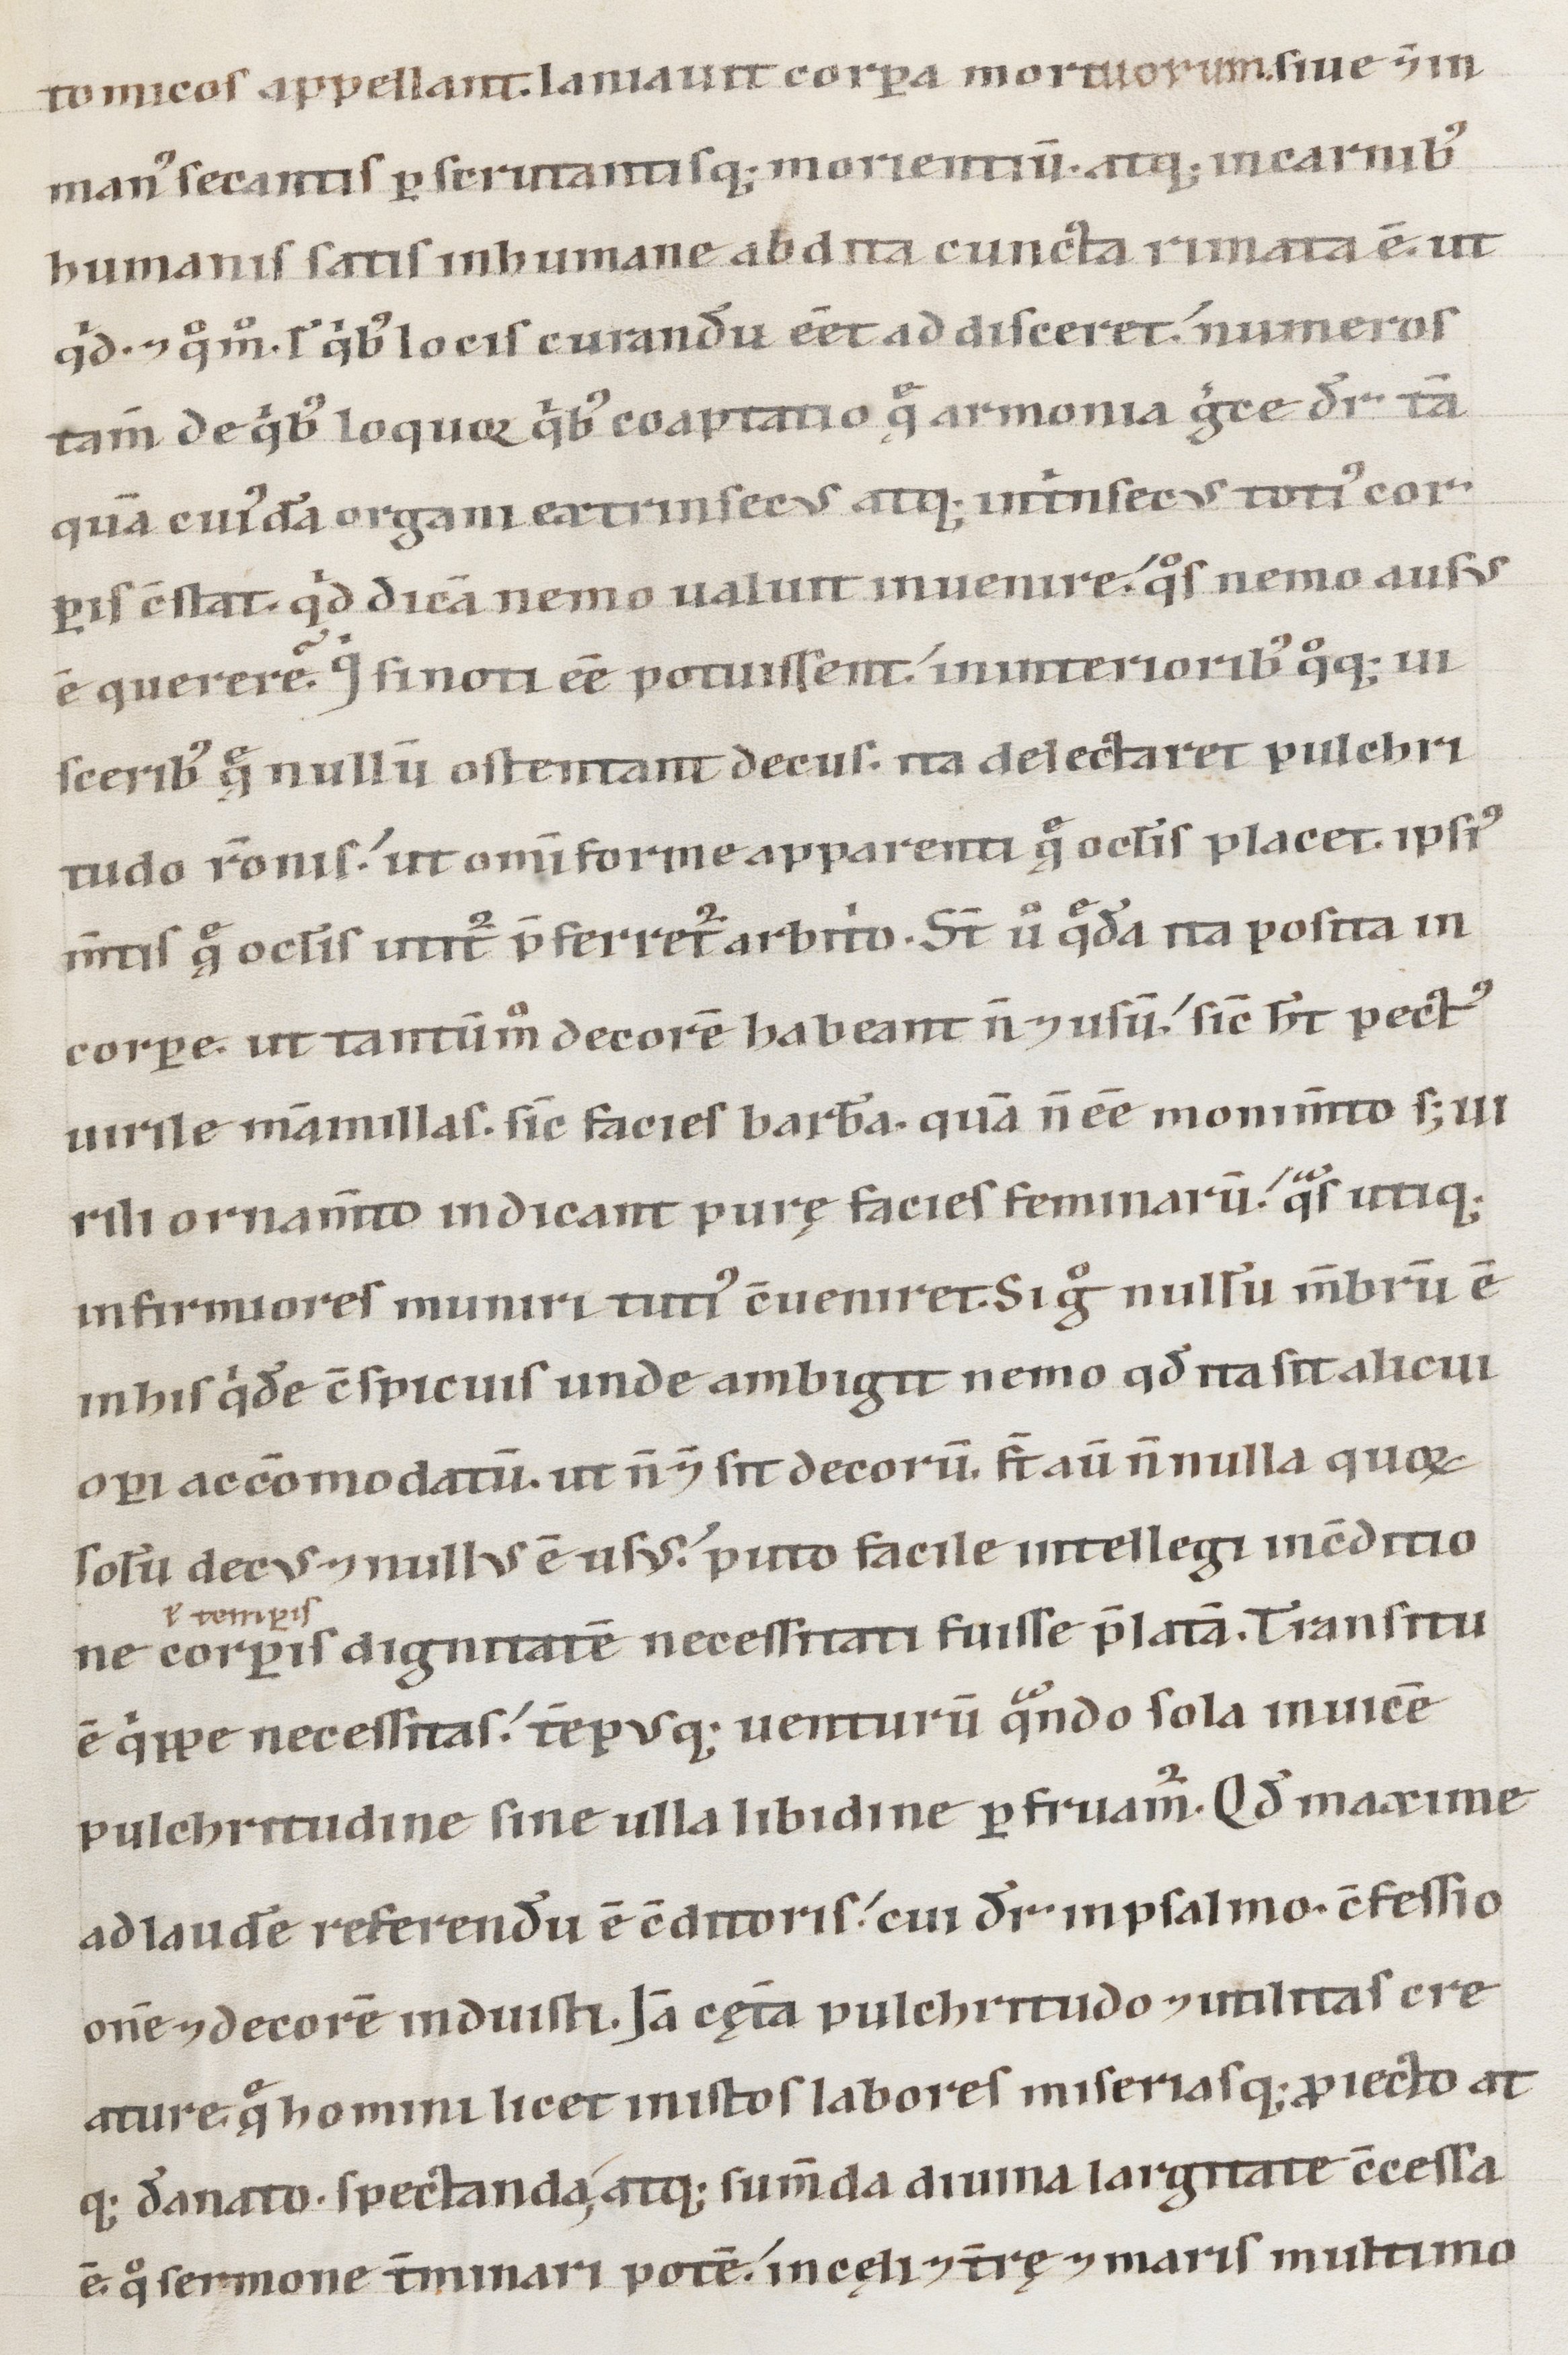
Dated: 1147–1178